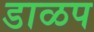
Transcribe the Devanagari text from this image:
डाळप